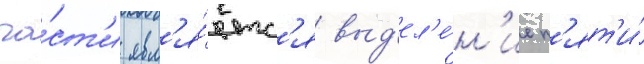
ча́ст'и явл'я́етс'я выд'ел'е́н'ие п'ят'и́